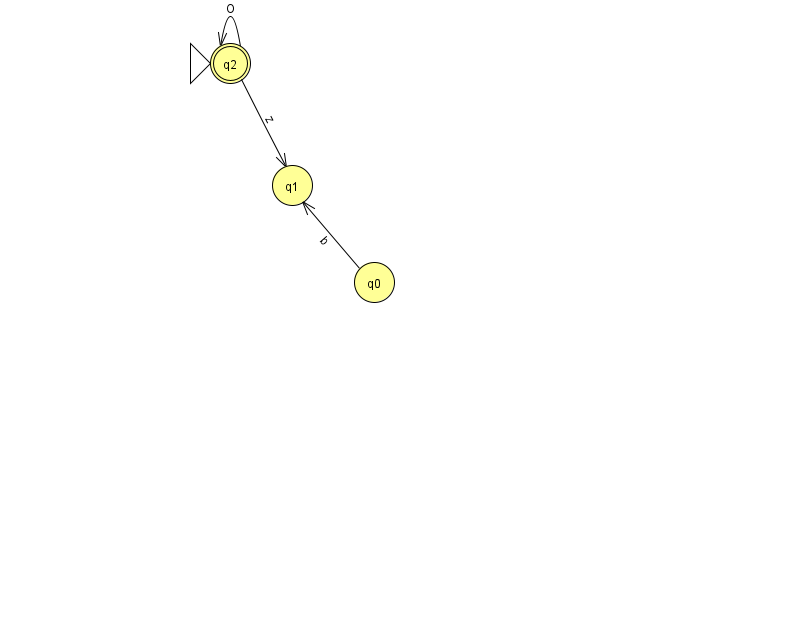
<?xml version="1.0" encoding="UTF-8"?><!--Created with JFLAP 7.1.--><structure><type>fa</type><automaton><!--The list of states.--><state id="0" name="q0"><x>374.0</x><y>269.0</y></state><state id="1" name="q1"><x>292.0</x><y>172.0</y></state><state id="2" name="q2"><x>230.0</x><y>50.0</y><initial/><final/></state><!--The list of transitions.--><transition><from>2</from><to>1</to><read>z</read></transition><transition><from>0</from><to>1</to><read>b</read></transition><transition><from>2</from><to>2</to><read>O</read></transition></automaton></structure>